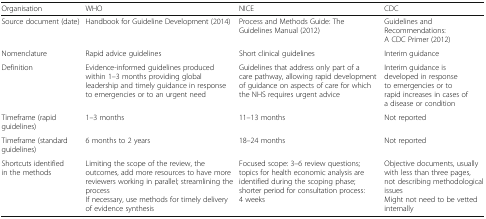
<table><thead><tr><td><b>Organisation</b></td><td><b>WHO</b></td><td><b>NICE</b></td><td><b>CDC</b></td></tr></thead><tbody><tr><td>Source document (date)</td><td>Handbook for Guideline Development (2014)</td><td>Process and Methods Guide: The Guidelines Manual (2012)</td><td>Guidelines and Recommendations: A CDC Primer (2012)</td></tr><tr><td>Nomenclature</td><td>Rapid advice guidelines</td><td>Short clinical guidelines</td><td>Interim guidance</td></tr><tr><td>Definition</td><td>Evidence-informed guidelines produced within 1–3 months providing global leadership and timely guidance in response to emergencies or to an urgent need</td><td>Guidelines that address only part of a care pathway, allowing rapid development of guidance on aspects of care for which the NHS requires urgent advice</td><td>Interim guidance is developed in response to emergencies or to rapid increases in cases of a disease or condition</td></tr><tr><td>Timeframe (rapid guidelines)</td><td>1–3 months</td><td>11–13 months</td><td>Not reported</td></tr><tr><td>Timeframe (standard guidelines)</td><td>6 months to 2 years</td><td>18–24 months</td><td>Not reported</td></tr><tr><td>Shortcuts identified in the methods</td><td>Limiting the scope of the review, the outcomes, add more resources to have more reviewers working in parallel; streamlining the processIf necessary, use methods for timely delivery of evidence synthesis</td><td>Focused scope: 3–6 review questions; topics for health economic analysis are identified during the scoping phase; shorter period for consultation process: 4 weeks</td><td>Objective documents, usually with less than three pages, not describing methodological issuesMight not need to be vetted internally</td></tr></tbody></table>